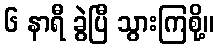
၆ နာရီ ခွဲပြီ သွားကြစို့။